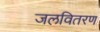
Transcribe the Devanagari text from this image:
जलवितरण